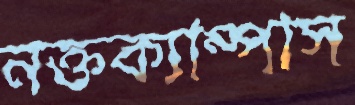
নক্তক্যাম্পাস